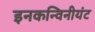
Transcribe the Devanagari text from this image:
इनकन्विनीयंट